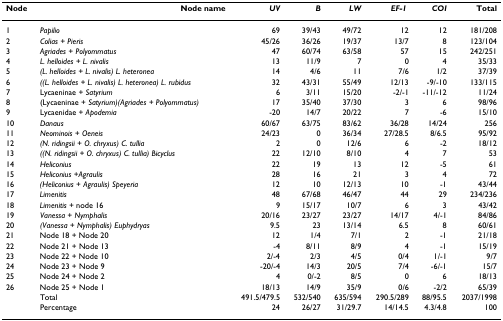
<table><thead><tr><td><b>Node</b></td><td><b>Node name</b></td><td><b><i>UV</i></b></td><td><b><i>B</i></b></td><td><b><i>LW</i></b></td><td><b><i>EF-1α </i></b></td><td><b><i>COI</i></b></td><td><b>Total</b></td></tr></thead><tbody><tr><td>1</td><td><i>Papilio</i></td><td>69</td><td>39/43</td><td>49/72</td><td>12</td><td>12</td><td>181/208</td></tr><tr><td>2</td><td><i>Colias + Pieris</i></td><td>45/26</td><td>36/26</td><td>19/37</td><td>13/7</td><td>8</td><td>123/104</td></tr><tr><td>3</td><td><i>Agriades + Polyommatus</i></td><td>47</td><td>60/74</td><td>63/58</td><td>57</td><td>15</td><td>242/251</td></tr><tr><td>4</td><td><i>L. helloides + L. nivalis</i></td><td>13</td><td>11/9</td><td>7</td><td>0</td><td>4</td><td>35/33</td></tr><tr><td>5</td><td><i>(L. helloides + L. nivalis) L. heteronea</i></td><td>14</td><td>4/6</td><td>11</td><td>7/6</td><td>1/2</td><td>37/39</td></tr><tr><td>6</td><td><i>((L. helloides + L. nivalis) L. heteronea) L. rubidus</i></td><td>32</td><td>43/31</td><td>55/49</td><td>12/13</td><td>-9/-10</td><td>133/115</td></tr><tr><td>7</td><td>Lycaeninae + <i>Satyrium</i></td><td>6</td><td>3/11</td><td>15/20</td><td>-2/-1</td><td>-11/-12</td><td>11/24</td></tr><tr><td>8</td><td>(Lycaeninae + <i>Satyrium)(Agriades + Polyommatus)</i></td><td>17</td><td>35/40</td><td>37/30</td><td>3</td><td>6</td><td>98/96</td></tr><tr><td>9</td><td>Lycaenidae + <i>Apodemia</i></td><td>-20</td><td>14/7</td><td>20/22</td><td>7</td><td>-6</td><td>15/10</td></tr><tr><td>10</td><td><i>Danaus</i></td><td>60/67</td><td>63/75</td><td>83/62</td><td>36/28</td><td>14/24</td><td>256</td></tr><tr><td>11</td><td><i>Neominois + Oeneis</i></td><td>24/23</td><td>0</td><td>36/34</td><td>27/28.5</td><td>8/6.5</td><td>95/92</td></tr><tr><td>12</td><td><i>(N. ridingsii + O. chryxus) C. tullia</i></td><td>2</td><td>0</td><td>12/6</td><td>6</td><td>-2</td><td>18/12</td></tr><tr><td>13</td><td><i>((N. ridingsii + O. chryxus) C. tullia) Bicyclus</i></td><td>22</td><td>12/10</td><td>8/10</td><td>4</td><td>7</td><td>53</td></tr><tr><td>14</td><td><i>Heliconius</i></td><td>22</td><td>19</td><td>13</td><td>12</td><td>-5</td><td>61</td></tr><tr><td>15</td><td><i>Heliconius </i>+<i>Agraulis</i></td><td>28</td><td>16</td><td>21</td><td>3</td><td>4</td><td>72</td></tr><tr><td>16</td><td><i>(Heliconius </i>+ <i>Agraulis) Speyeria</i></td><td>12</td><td>10</td><td>12/13</td><td>10</td><td>-1</td><td>43/44</td></tr><tr><td>17</td><td><i>Limenitis</i></td><td>48</td><td>67/68</td><td>46/47</td><td>44</td><td>29</td><td>234/236</td></tr><tr><td>18</td><td><i>Limenitis + </i>node 16</td><td>9</td><td>15/17</td><td>10/7</td><td>6</td><td>3</td><td>43/42</td></tr><tr><td>19</td><td><i>Vanessa + Nymphalis</i></td><td>20/16</td><td>23/27</td><td>23/27</td><td>14/17</td><td>4/-1</td><td>84/86</td></tr><tr><td>20</td><td><i>(Vanessa + Nymphalis) Euphydryas</i></td><td>9.5</td><td>23</td><td>13/14</td><td>6.5</td><td>8</td><td>60/61</td></tr><tr><td>21</td><td>Node 18 + Node 20</td><td>12</td><td>1/4</td><td>7/1</td><td>2</td><td>-1</td><td>21/18</td></tr><tr><td>22</td><td>Node 21 + Node 13</td><td>-4</td><td>8/11</td><td>8/9</td><td>4</td><td>-1</td><td>15/19</td></tr><tr><td>23</td><td>Node 22 + Node 10</td><td>2/-4</td><td>2/3</td><td>4/5</td><td>0/4</td><td>1/-1</td><td>9/7</td></tr><tr><td>24</td><td>Node 23 + Node 9</td><td>-20/-4</td><td>14/3</td><td>20/5</td><td>7/4</td><td>-6/-1</td><td>15/7</td></tr><tr><td>25</td><td>Node 24 + Node 2</td><td>4</td><td>0/-2</td><td>8/5</td><td>0</td><td>6</td><td>18/13</td></tr><tr><td>26</td><td>Node 25 + Node 1</td><td>18/13</td><td>14/9</td><td>35/9</td><td>0/6</td><td>-2/2</td><td>65/39</td></tr><tr><td></td><td>Total</td><td>491.5/479.5</td><td>532/540</td><td>635/594</td><td>290.5/289</td><td>88/95.5</td><td>2037/1998</td></tr><tr><td></td><td>Percentage</td><td>24</td><td>26/27</td><td>31/29.7</td><td>14/14.5</td><td>4.3/4.8</td><td>100</td></tr></tbody></table>